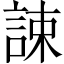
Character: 誎